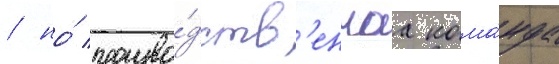
/ но́ произво́дств'еннаа кома́нда